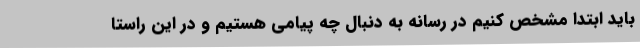
باید ابتدا مشخص کنیم در رسانه به دنبال چه پیامی هستیم و در این راستا